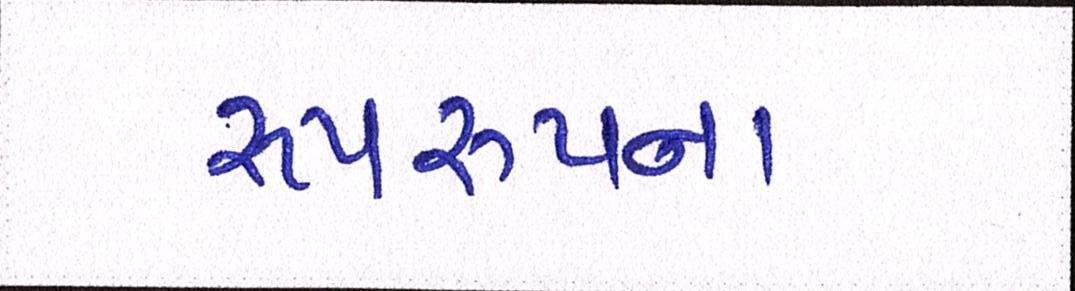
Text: રૂપરૂપના